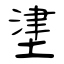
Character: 堻